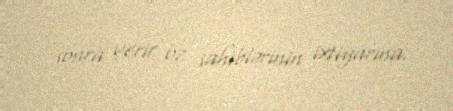
sonra verir öz sahiblərinin ixtiyarına.